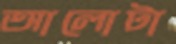
আলোটা